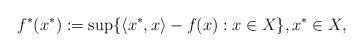
LaTeX: \begin{align*}f^*(x^*):=\sup\{\langle x^*,x\rangle-f(x): x\in X\}, x^*\in X, \end{align*}